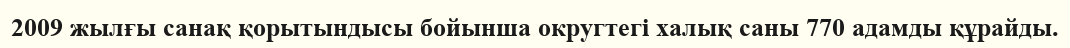
2009 жылғы санақ қорытындысы бойынша округтегі халық саны 770 адамды құрайды.